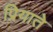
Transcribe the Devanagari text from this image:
प्रियाते